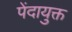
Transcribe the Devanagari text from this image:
पेंदायुक्त